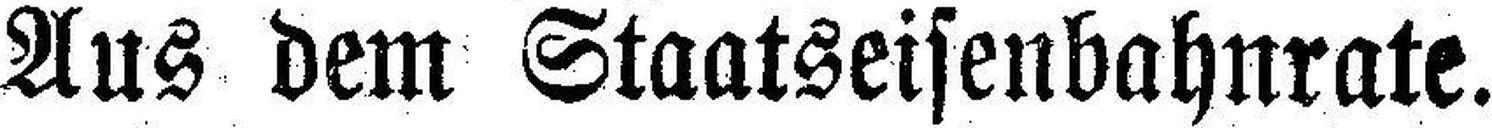
Aus dem Staatseifenbahnrate.